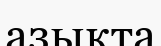
азықта